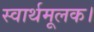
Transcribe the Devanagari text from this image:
स्वार्थमूलक।